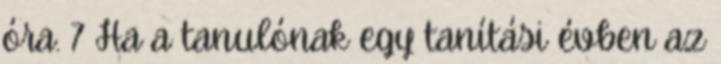
óra. 7 Ha a tanulónak egy tanítási évben az